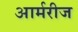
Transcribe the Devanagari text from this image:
आर्मरीज